Indian journal of veterinary science and animal husbandry - Volume 12,
Year: 1942
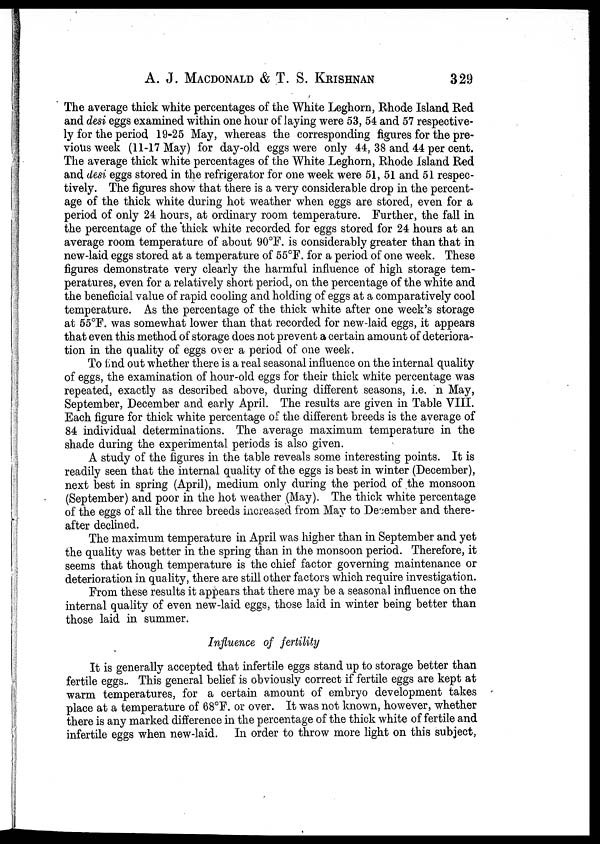
A. J. MACDONALD & T. S. KRISHNAN 329
The average thick white percentages of the White Leghorn, Rhode Island Red
and desi eggs examined within one hour of laying were 53, 54 and 57 respective-
ly for the period 19-25 May, whereas the corresponding figures for the pre-
vious week (11-17 May) for day-old eggs were only 44, 38 and 44 per cent.
The average thick white percentages of the White Leghorn, Rhode Island Red
and desi eggs stored in the refrigerator for one week were 51, 51 and 51 respec-
tively. The figures show that there is a very considerable drop in the percent-
age of the thick white during hot weather when eggs are stored, even for a
period of only 24 hours, at ordinary room temperature. Further, the fall in
the percentage of the 'thick white recorded for eggs stored for 24 hours at an
average room temperature of about 90°F. is considerably greater than that in
new-laid eggs stored at a temperature of 55°F. for a period of one week. These
figures demonstrate very clearly the harmful influence of high storage tem-
peratures, even for a relatively short period, on the percentage of the white and
the beneficial value of rapid cooling and holding of eggs at a comparatively cool
temperature. As the percentage of the thick white after one week's storage
at 55°F. was somewhat lower than that recorded for new-laid eggs, it appears
that even this method of storage does not prevent a certain amount of deteriora-
tion in the quality of eggs over a period of one week.
To find out whether there is a real seasonal influence on the internal quality
of eggs, the examination of hour-old eggs for their thick white percentage was
repeated, exactly as described above, during different seasons, i.e. n May,
September, December and early April. The results are given in Table VIII.
Each figure for thick white percentage of the different breeds is the average of
84 individual determinations. The average maximum temperature in the
shade during the experimental periods is also given.
A study of the figures in the table reveals some interesting points. It is
readily seen that the internal quality of the eggs is best in winter (December),
next best in spring (April), medium only during the period of the monsoon
(September) and poor in the hot weather (May). The thick white percentage
of the eggs of all the three breeds increased from May to December and there-
after declined.
The maximum temperature in April was higher than in September and yet
the quality was better in the spring than in the monsoon period. Therefore, it
seems that though temperature is the chief factor governing maintenance or
deterioration in quality, there are still other factors which require investigation.
From these results it appears that there may be a seasonal influence on the
internal quality of even new-laid eggs, those laid in winter being better than
those laid in summer.
Influence of fertility
It is generally accepted that infertile eggs stand up to storage better than
fertile eggs.. This general belief is obviously correct if fertile eggs are kept at
warm temperatures, for a certain amount of embryo development takes
place at a temperature of 68°F. or over. It was not known, however, whether
there is any marked difference in the percentage of the thick white of fertile and
infertile eggs when new-laid. In order to throw more light on this subject,